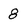
Character: 8